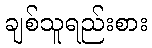
ချစ်သူရည်းစား